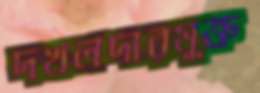
দখলদারমুক্ত